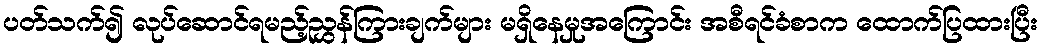
ပတ်သက်၍ လုပ်ဆောင်ရမည့်ညွှန်ကြားချက်များ မရှိနေမှုအကြောင်း အစီရင်ခံစာက ထောက်ပြထားပြီး